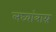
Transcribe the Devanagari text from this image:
लघ्वांत्राग्न